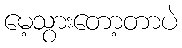
မေ့သွားတော့တာပဲ